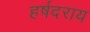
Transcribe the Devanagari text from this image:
हर्षदराय